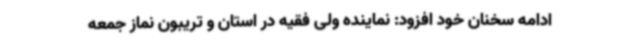
ادامه سخنان خود افزود: نماینده ولی فقیه در استان و تریبون نماز جمعه